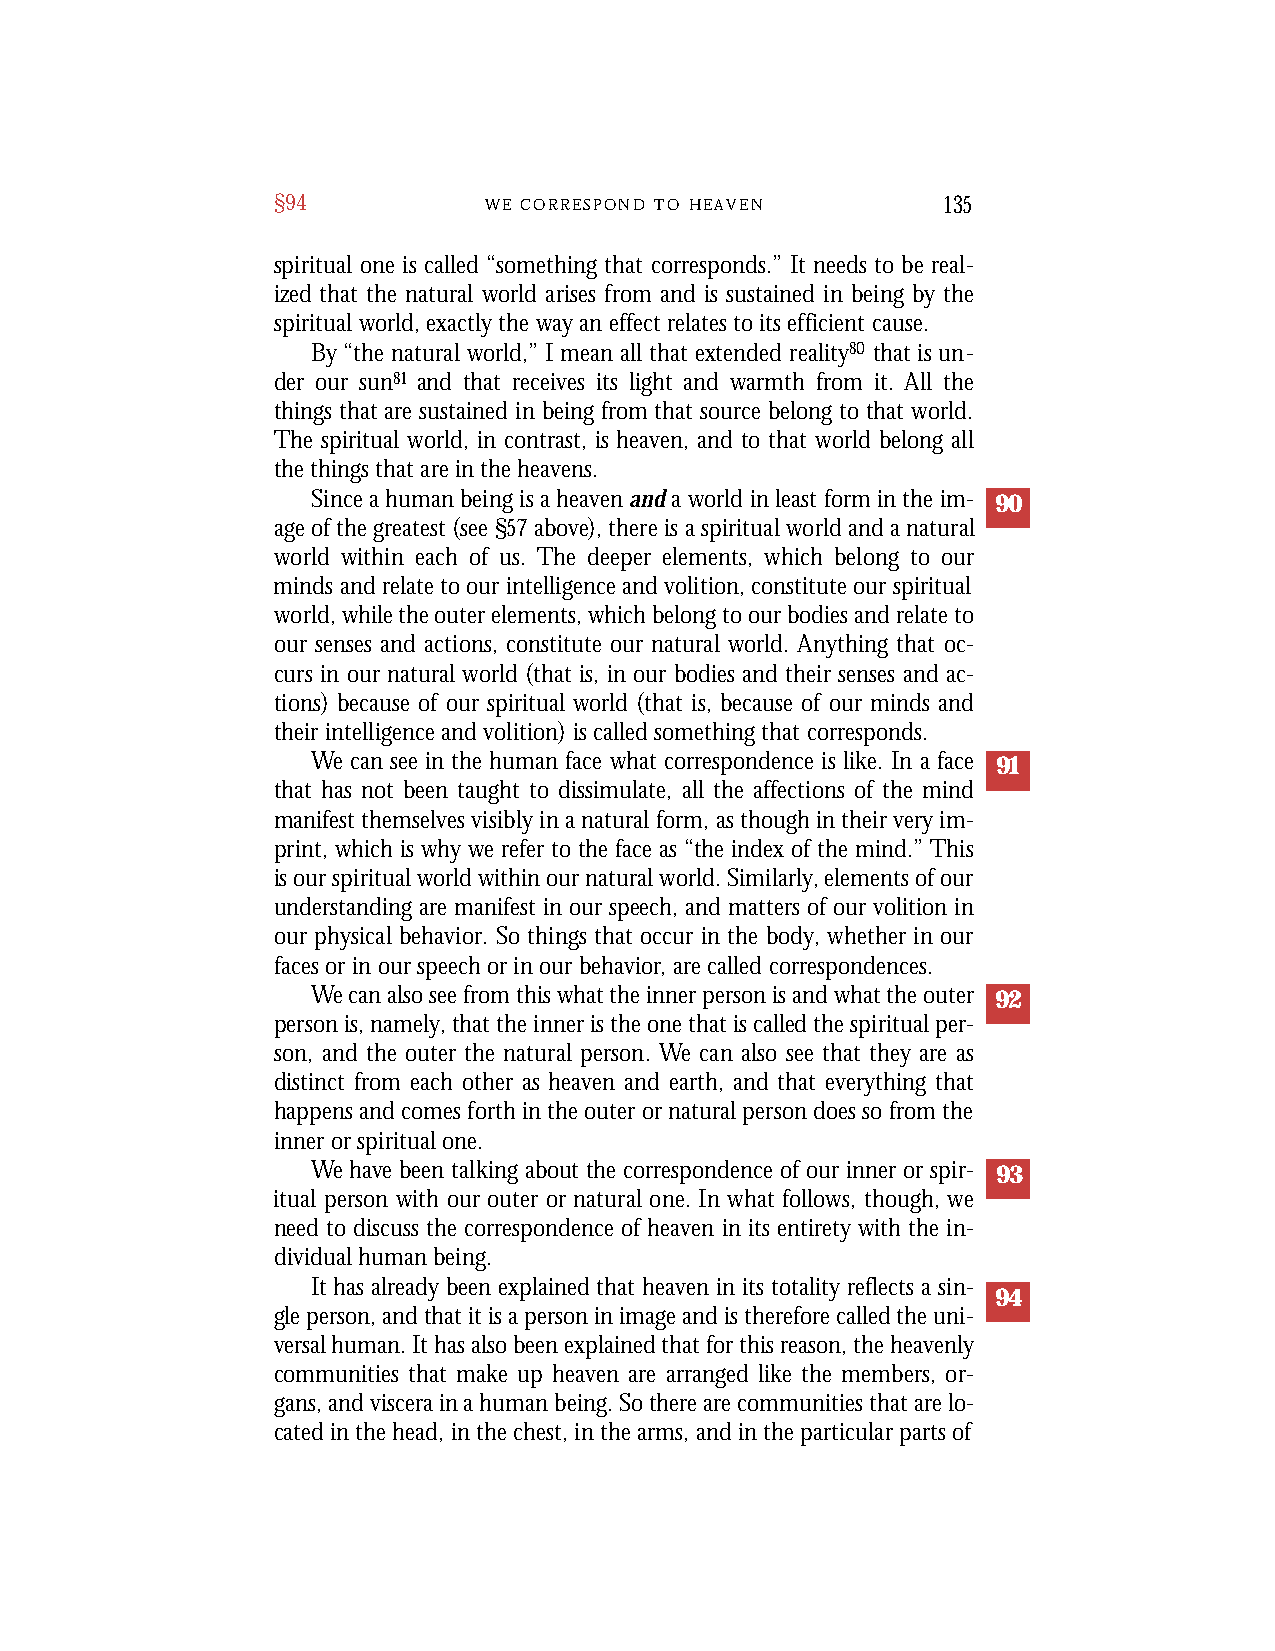
§94           W E C O R R E S P O N D T O H E A V E N 135
 spiritual one is called “something that corresponds.” It needs to be real-
 ized that the natural world arises from and is sustained in being by the
 spiritual world, exactly the way an effect relates to its efficient cause.
 By “the natural world,” I mean all that extended reality80 that is un-
 der our sun81 and that receives its light and warmth from it. All the
 things that are sustained in being from that source belong to that world.
 The spiritual world, in contrast, is heaven, and to that world belong all
 the things that are in the heavens.
 Since a human being is a heaven anda world in least form in the im- 90
 age of the greatest (see §57above), there is a spiritual world and a natural
 world within each of us. The deeper elements, which belong to our
 minds and relate to our intelligence and volition, constitute our spiritual
 world, while the outer elements, which belong to our bodies and relate to
 our senses and actions, constitute our natural world. Anything that oc-
 curs in our natural world (that is, in our bodies and their senses and ac-
 tions) because of our spiritual world (that is, because of our minds and
 their intelligence and volition) is called something that corresponds.
 We can see in the human face what correspondence is like. In a face 91
 that has not been taught to dissimulate, all the affections of the mind
 manifest themselves visibly in a natural form, as though in their very im-
 print, which is why we refer to the face as “the index of the mind.” This
 is our spiritual world within our natural world. Similarly, elements of our
 understanding are manifest in our speech, and matters of our volition in
 our physical behavior. So things that occur in the body, whether in our
 faces or in our speech or in our behavior, are called correspondences.
 We can also see from this what the inner person is and what the outer 92
 person is, namely, that the inner is the one that is called the spiritual per-
 son, and the outer the natural person. We can also see that they are as
 distinct from each other as heaven and earth, and that everything that
 happens and comes forth in the outer or natural person does so from the
 inner or spiritual one.
 We have been talking about the correspondence of our inner or spir- 93
 itual person with our outer or natural one. In what follows, though, we
 need to discuss the correspondence of heaven in its entirety with the in-
 dividual human being.
 It has already been explained that heaven in its totality reflects a sin-
 94
 gle person, and that it is a person in image and is therefore called the uni-
 versal human. It has also been explained that for this reason, the heavenly
 communities that make up heaven are arranged like the members, or-
 gans, and viscera in a human being. So there are communities that are lo-
 cated in the head, in the chest, in the arms, and in the particular parts of